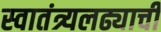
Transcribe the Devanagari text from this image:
स्वातंत्र्यलढ्याची